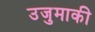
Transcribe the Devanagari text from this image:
उजुमाकी